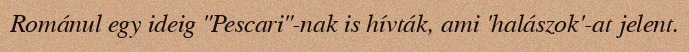
Románul egy ideig "Pescari"-nak is hívták, ami 'halászok'-at jelent.